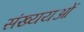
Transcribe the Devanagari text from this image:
संख्ययओं